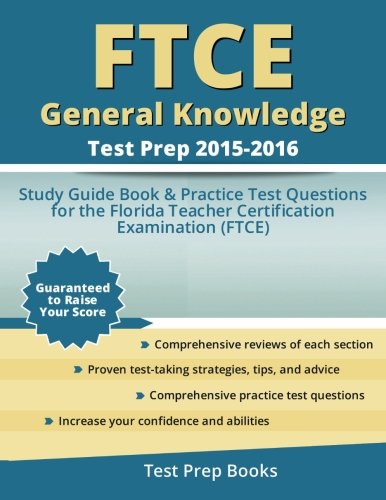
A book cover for FTCE General Knowledge Test Prep 2015-2016: Study Guide Book & Practice Test Questions for the Florida Teacher Certification Examination (FTCE); FTCE Study Guide Prep Team; Test Preparation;